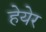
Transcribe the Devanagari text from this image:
हेयेर